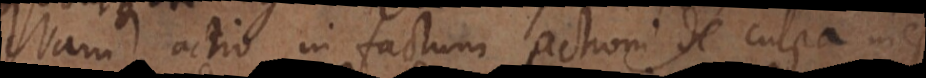
Nam actio in factum actioni de culpa inest,